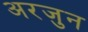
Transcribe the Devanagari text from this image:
अरजुन